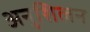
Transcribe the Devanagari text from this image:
अनुशिलन